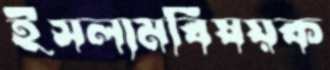
ইসলামবিষয়ক